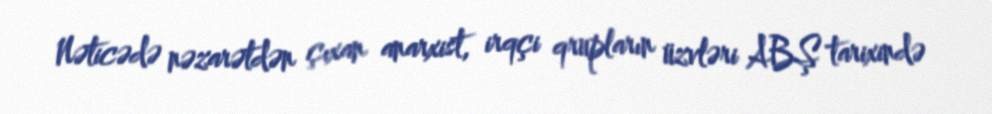
Nəticədə nəzarətdən çıxan anarxist, irqçi qrupların üzvləri ABŞ tarixində